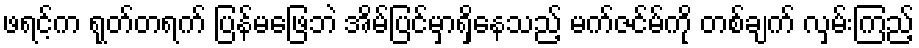
ဖရင့်က ရုတ်တရက် ပြန်မဖြေဘဲ အိမ်ပြင်မှာရှိနေသည့် မက်ဇင်မ်ကို တစ်ချက် လှမ်းကြည့်